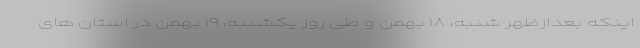
اینکه بعدازظهر شنبه، ۱۸ بهمن و طی روز یکشنبه، ۱۹ بهمن در استان های